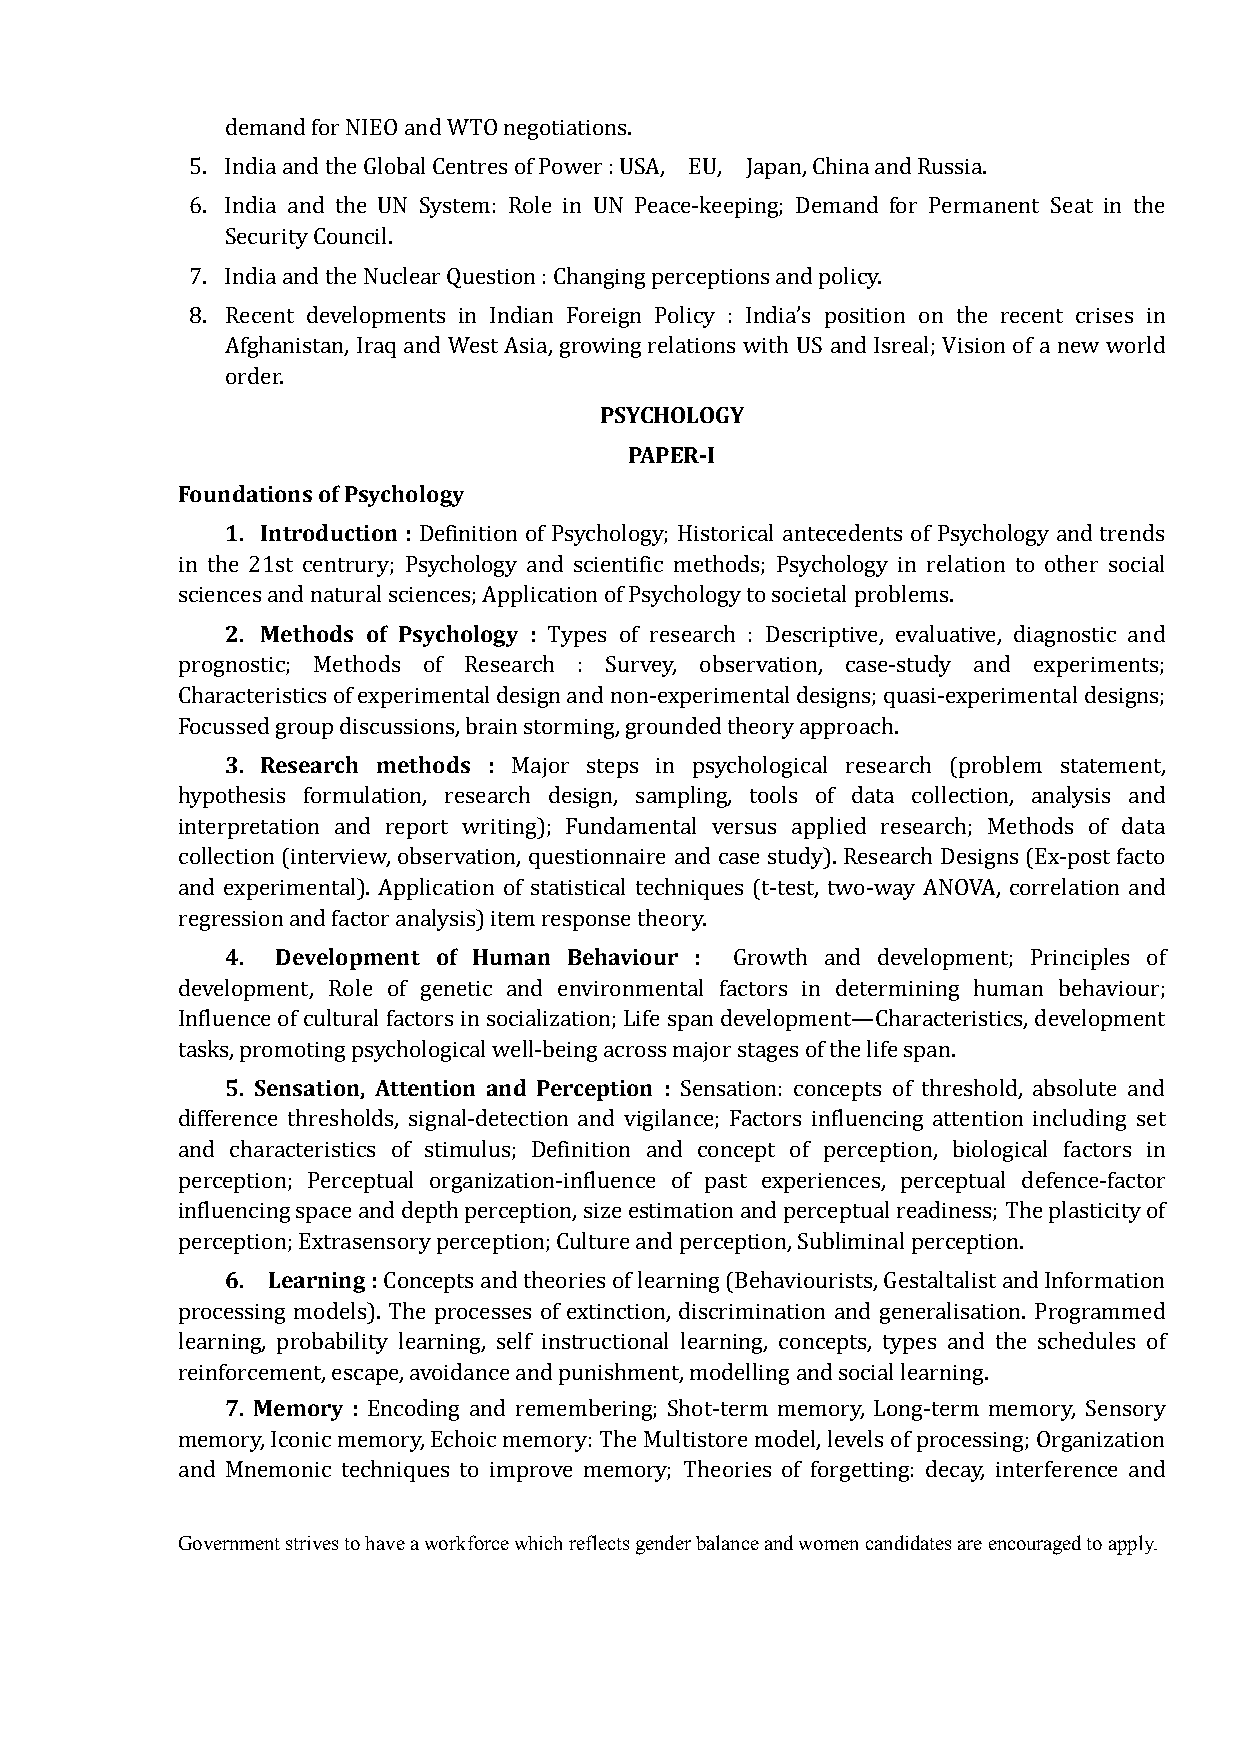
demand for NIEO and WTO negotiations.
 5. India and the Global Centres of Power : USA, EU, Japan, China and Russia.
 6. India and the UN System: Role in UN Peace-keeping; Demand for Permanent Seat in the
 Security Council.
 7. India and the Nuclear Question : Changing perceptions and policy.
 8. Recent developments in Indian Foreign Policy : India’s position on the recent crises in
 Afghanistan, Iraq and West Asia, growing relations with US and Isreal; Vision of a new world
 PSYCHOLOGY
 order.
 PAPER-I
 Foundations of Psychology
 1. Introduction :
 Definition of Psychology; Historical antecedents of Psychology and trends
 in the 21st centrury; Psychology and scientific methods; Psychology in relation to other social
 2. Methods of Psychology :
 sciences and natural sciences; Application of Psychology to societal problems.
 Types of research : Descriptive, evaluative, diagnostic and
 prognostic; Methods of Research : Survey, observation, case-study and experiments;
 Characteristics of experimental design and non-experimental designs; quasi-experimental designs;
 3. Research methods :
 Focussed group discussions, brain storming, grounded theory approach.
 Major steps in psychological research (problem statement,
 hypothesis formulation, research design, sampling, tools of data collection, analysis and
 interpretation and report writing); Fundamental versus applied research; Methods of data
 collection (interview, observation, questionnaire and case study). Research Designs (Ex-post facto
 and experimental). Application of statistical techniques (t-test, two-way ANOVA, correlation and
 4. Development of Human Behaviour :
 regression and factor analysis) item response theory.
 Growth and development; Principles of
 development, Role of genetic and environmental factors in determining human behaviour;
 Influence of cultural factors in socialization; Life span development—Characteristics, development
 5. Sensation, Attention and Perception :
 tasks, promoting psychological well-being across major stages of the life span.
 Sensation: concepts of threshold, absolute and
 difference thresholds, signal-detection and vigilance; Factors influencing attention including set
 and characteristics of stimulus; Definition and concept of perception, biological factors in
 perception; Perceptual organization-influence of past experiences, perceptual defence-factor
 influencing space and depth perception, size estimation and perceptual readiness; The plasticity of
 6. Learning :
 perception; Extrasensory perception; Culture and perception, Subliminal perception.
 Concepts and theories of learning (Behaviourists, Gestaltalist and Information
 processing models). The processes of extinction, discrimination and generalisation. Programmed
 learning, probability learning, self instructional learning, concepts, types and the schedules of
 7. Memory :
 reinforcement, escape, avoidance and punishment, modelling and social learning.
 Encoding and remembering; Shot-term memory, Long-term memory, Sensory
 memory, Iconic memory, Echoic memory: The Multistore model, levels of processing; Organization
 and Mnemonic techniques to improve memory; Theories of forgetting: decay, interference and
 Government strives to have a workforce which reflects gender balance and women candidates are encouraged to apply.